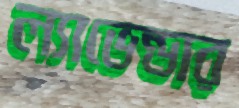
ল্যাভেন্ডার